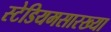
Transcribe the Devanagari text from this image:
स्टेडियमसारख्या